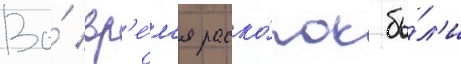
Во́ вр'е́м'я раско́пок бы́л'и